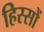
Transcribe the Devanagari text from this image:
हिस्सों